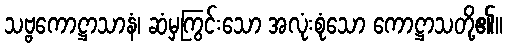
သဗ္ဗကောဋ္ဌာသာနံ၊ ဆံမှကြွင်းသော အလုံးစုံသော ကောဋ္ဌာသတို့၏။